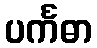
ပင်္ကဓာ